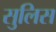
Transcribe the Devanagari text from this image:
सुलिस